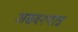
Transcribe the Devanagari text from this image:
असवनपात्र